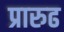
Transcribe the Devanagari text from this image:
प्रारुढ